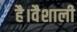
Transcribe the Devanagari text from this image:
है।वैशाली